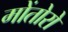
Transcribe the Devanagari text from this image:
मोंतोरो